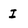
Character: I